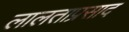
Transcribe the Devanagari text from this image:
लालताप्रसाद